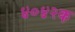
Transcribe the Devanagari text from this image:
४०४२क